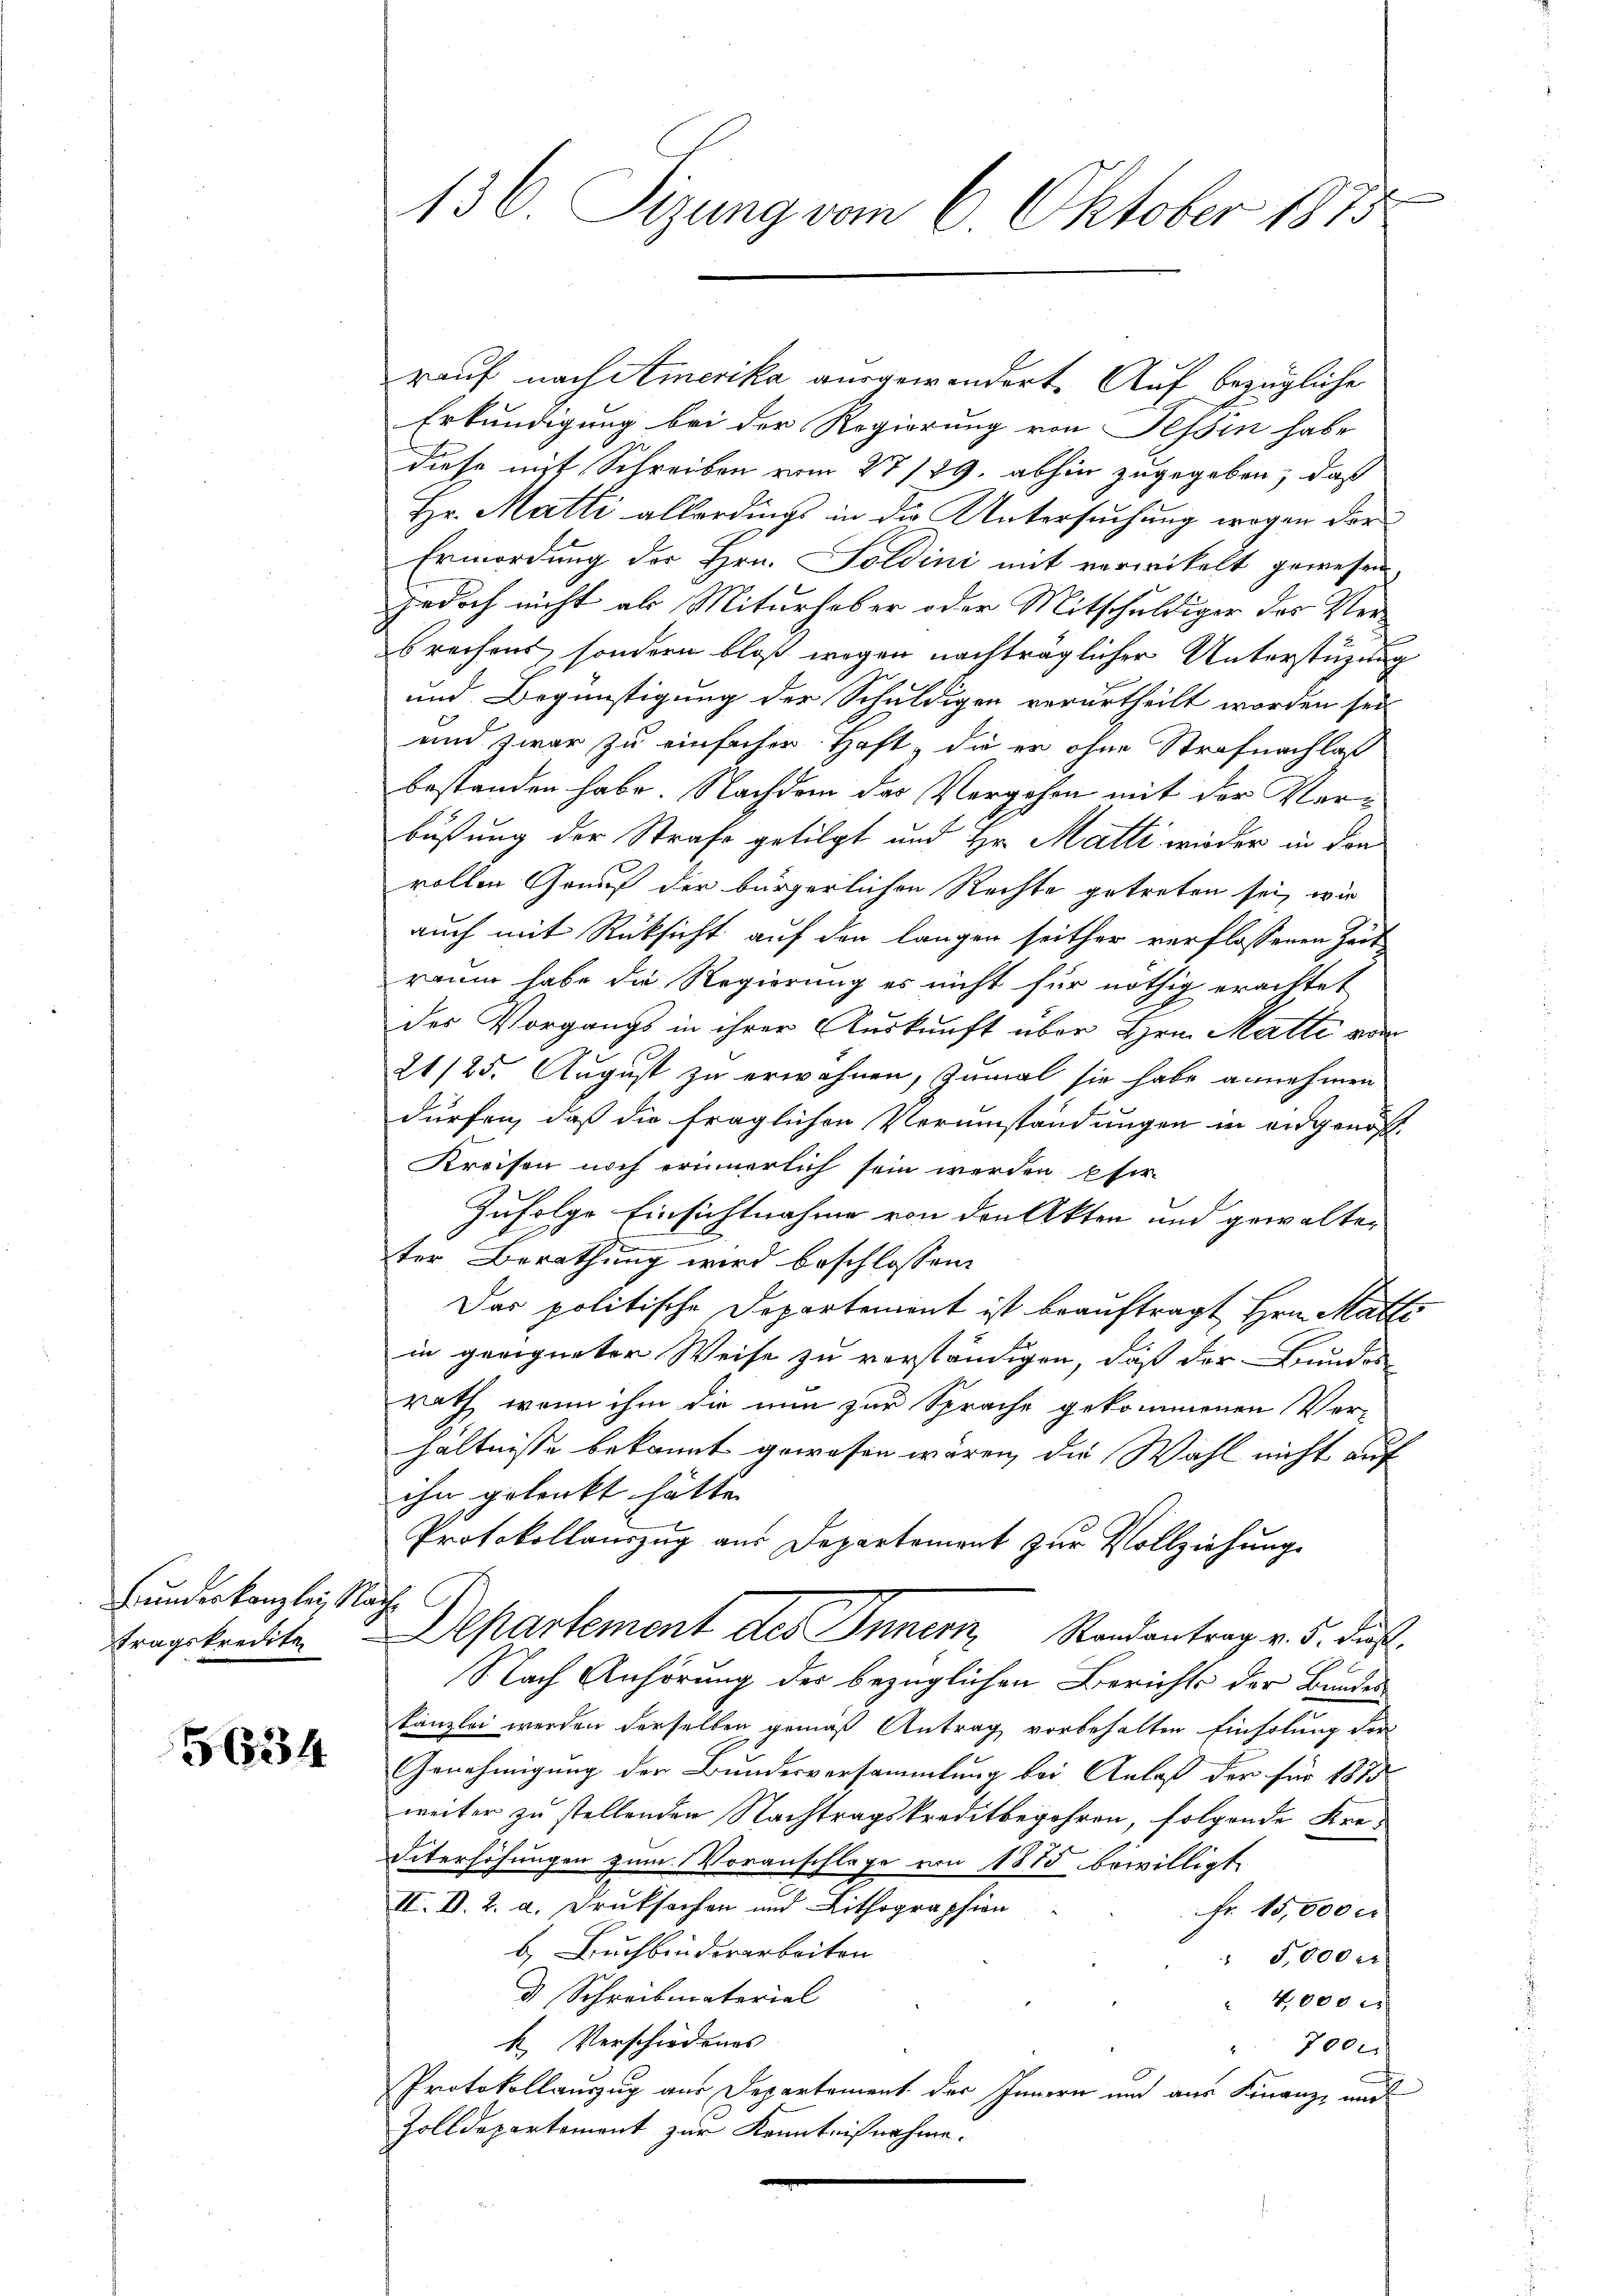
Bundeskanzlei

5634

136. Sizung vom 6. Oktober 1875

rauf nach Amerika ausgewandert. Auf bezügliche
Erkundigung bei der Regierung von Tessin habe
diese mit Schreiben vom 27/29. abhin zugegeben, daß
Hr. Matti allerdings in die Untersuchung wegen der
Ermordung des Hrn. Soldini mit verwickelt gewesen
jedoch nicht als Miturhaber oder Mitschuldiger des Verbrechens, sondern bloß wegen nachträglicher Unterstüzung
und Begünstigung der Schuldigen verurtheilt worden sei
und zwar zu einfacher Haft, die er ohne Strafnachlaß
bestanden habe. Nachdem das Vergehen mit der Verbüßung der Strafe getilgt und Hr. Matti wieder in den
rollen Grund der bürgerlichen Rechte getreten sei, wie
auch mit Rücksicht auf den langen seither verflossenen Zeit
raum habe die Regierung es nicht für nöthig erachtet
des Vorgangs in ihrer Auskunft über Hrn. Matti von
21/25. August zu erwähnen, zumal sie habe annehmen
dürfen, daß die fraglichen Verumständungen in eidgenos¬
Kreisen noch erinnerlich sein werden pfer.
Zufolge Einsichtnahme von den Akten und gewalten
ter Berathung wird beschlossen:
Das politische Departement ist beauftragt Hrn. Matti
in geeigneter Weise zu verständigen, daß der Bundes-
rath, wenn ihm die nun zur Sprache gekommenen Ver-
hältnisse bekannt gewesen wären, die Wahl nicht auf
ihn gelenkt hätte. |
Protokollauszug aus Departement zur Vollziehung
öh
tragskrechte Departement des Innern, Randantrag v. 5. Fuß
Nach Anhörung der bezüglichen Berichts der Bundes
kanzlei werden derselben gemäß Antrag vorbehalten Einholung vor
Genehmigung der Bundesversammlung bei Anlaß der für 1850
weiter zu stellenden Nachtragskreditbegehren, folgende Kre¬
Interhöhungen zum Voranschlage von 1875 bewilligt.
II. D. 2. a. Druksachen und Lithographien
Fr. 15,500 c
b. Buchbinderarbeiten
 5,000 r
d Schreibmaterial
4,000
k. Verschiedenes
700.
2
Protokollauszug aus Departement der Innern und aus Finanz, und
Zolldepartement zur Kenntnißnahme.